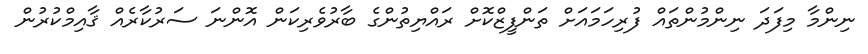
ނިންމާ މިފަދަ ނިންމުންތައް ފުރިހަމައަށް ތަންފީޒްކޮށް ރައްޔިތުންގެ ބާރުވެރިކަން އޮންނަ ސަރުކާރެއް ޤާއިމްކުރުން